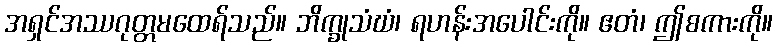
အရှင်အဿဂုတ္တမထေရ်သည်။ ဘိက္ခုသံဃံ၊ ရဟန်းအပေါင်းကို။ ဧတံ၊ ဤစကားကို။